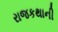
રાજકથાની